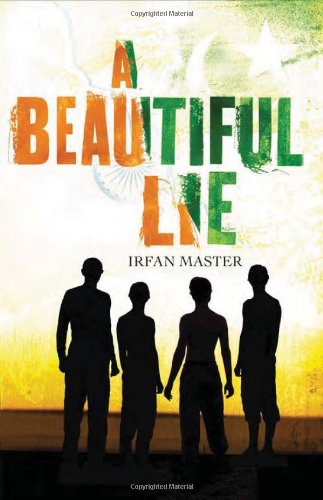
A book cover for A Beautiful Lie; Irfan Master; Teen & Young Adult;